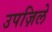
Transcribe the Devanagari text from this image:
उपज़िले